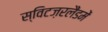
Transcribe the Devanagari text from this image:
स्विटज़रलैंडमें